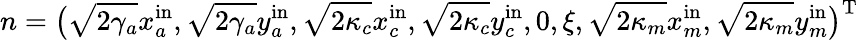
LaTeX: n=\big(\sqrt{2\gamma_{a}}x_{a}^{\mathrm{in}},\sqrt{2\gamma_{a}}y_{a}^{\mathrm{in}},\sqrt{2\kappa_{c}}x_{c}^{\mathrm{in}},\sqrt{2\kappa_{c}}y_{c}^{\mathrm{in}},0,\xi,\sqrt{2\kappa_{m}}x_{m}^{\mathrm{in}},\sqrt{2\kappa_{m}}y_{m}^{\mathrm{in}}\big)^{\mathrm{T}}